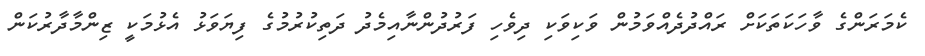
ކެމަރަންގެ ވާހަކަތަކަށް ރައްދުދެއްވަމުން ވަކިވަކި ދިވެހި ފަރުދުންނާއިމެދު ދަތިކުރުމުގެ ފިޔަވަޅު އެޅުމަކީ ޒިންމާދާރުކަން